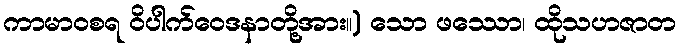
ကာမာဝစရ ဝိပါက်ဝေဒနာတို့အား။) သော ဖဿော၊ ထိုသဟဇာတ